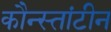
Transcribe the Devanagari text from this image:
कौन्स्तांटीन